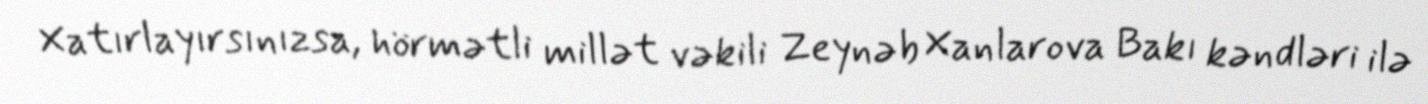
Xatırlayırsınızsa, hörmətli millət vəkili Zeynəb Xanlarova Bakı kəndləri ilə